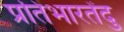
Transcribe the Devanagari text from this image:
प्रतिभारतेंदु